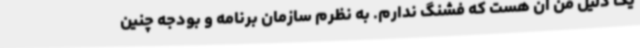
یک دلیل من آن هست که فشنگ ندارم. به نظرم سازمان برنامه و بودجه چنین